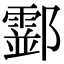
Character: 𨟘